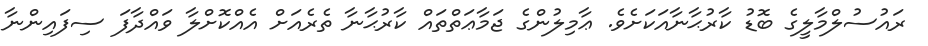
ރައުސުލްމާލީގެ ބޮޑު ކާރުޙާނާއަކަށެވެ. ޢާމިލުންގެ ޖަމާޢަތްތައް ކާރުޙާނާ ތެރެއަށް އެއްކޮށްލާ ވައްދާފަ ސިފައިންނާ